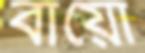
বায়ো